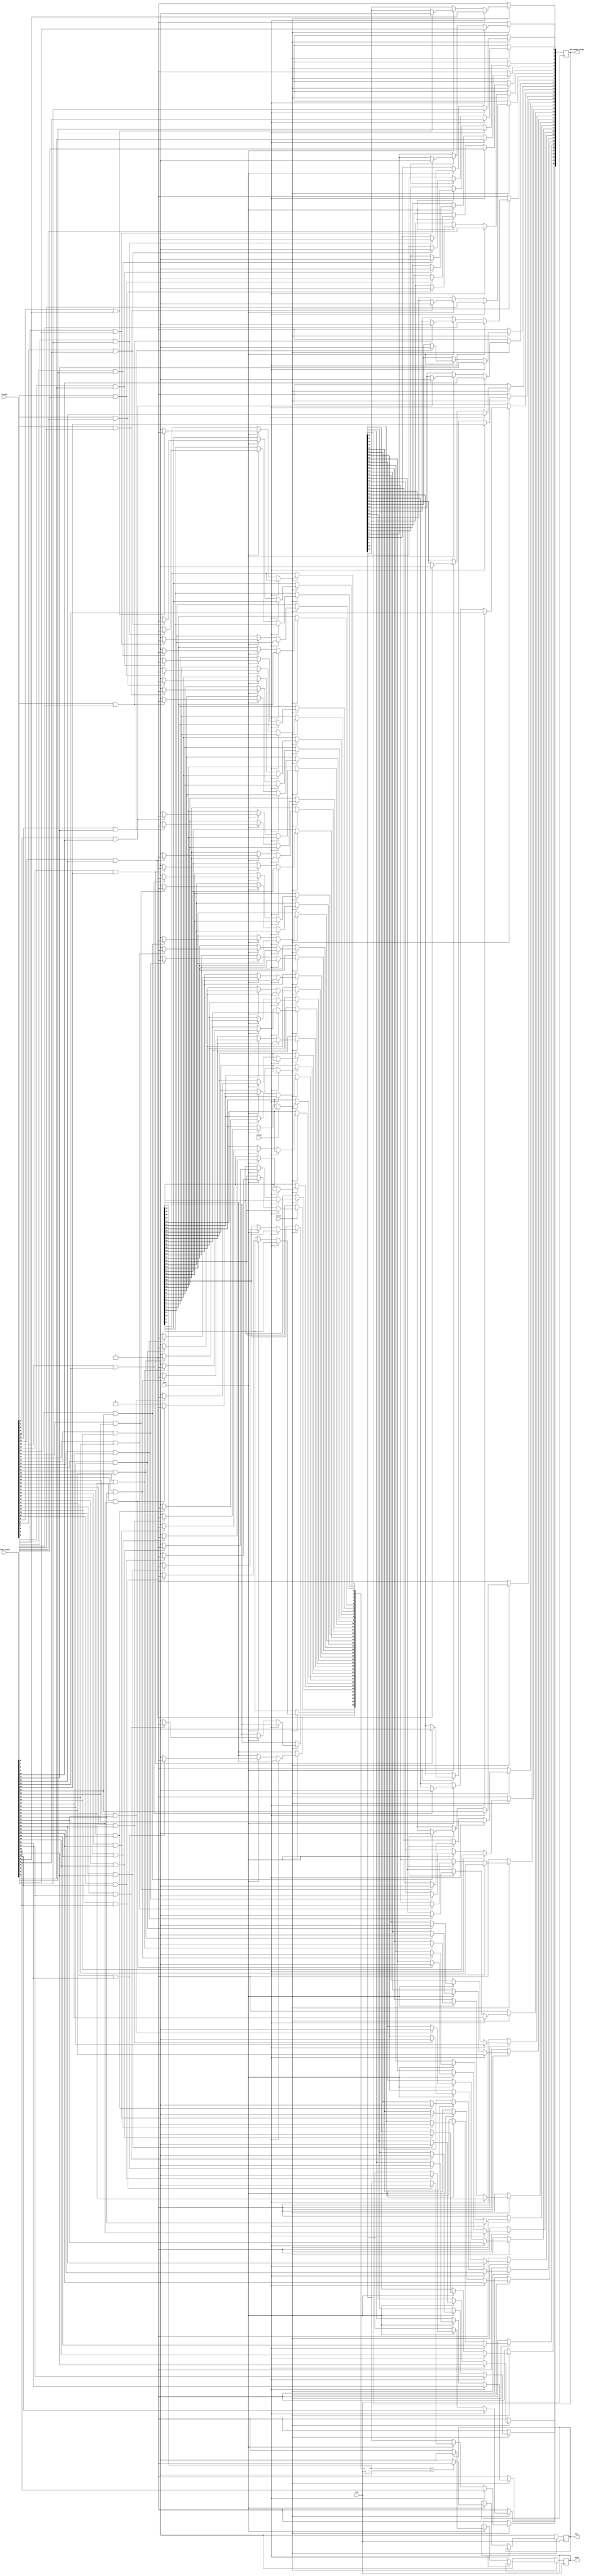
`timescale 1ns / 1ps
//////////////////////////////////////////////////////////////////////////////////
// Design Name: 
// Module Name: hit_or_miss
//////////////////////////////////////////////////////////////////////////////////


module hit_or_miss(
    input clk,
    input reset,
    input place,
    input fire,
    input [35:0] target,
    input [35:0] enemy_ships,
  
    output reg hit,
    output reg miss,
    output reg [35:0] new_enemy_ships
    );
    
    //reg [35:0] ship_tracker;
    integer i;
    reg [35:0] hit_tracker = 0;
   
    /*always @(*)begin
        ship_tracker = new_enemy_ships;
    end    
    */
    always @(posedge clk /* negedge reset*/) begin
        if (~reset) begin
            hit <= 0;
            miss <= 0;
            new_enemy_ships <= 36'b111111111111111111111111111111111111;
        end
        else if (place)
            new_enemy_ships <= enemy_ships;
        else if (fire) begin
            // ship_tracker = new_enemy_ships;
            for (i = 0; i < 36; i = i + 1) begin
                if (target[i] && enemy_ships[i]) begin
                    new_enemy_ships[i] <= 0;
                    hit_tracker[i] <= 1;
                end else begin
                    hit_tracker[i] <= 0;
                    //new_enemy_ships[i] <= enemy_ships[i];
                end
            end
            if (hit_tracker > 0) hit <= 1; else hit <= 0;
            if (hit == 0) miss <= 1; else miss <= 0;
        end
        
    end
endmodule